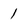
Character: 1